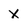
Character: X